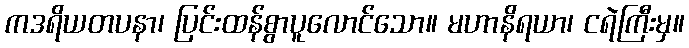
ကဒရိယတပနာ၊ ပြင်းထန်စွာပူလောင်သော။ မဟာနိရယာ၊ ငရဲကြီးမှ။